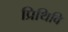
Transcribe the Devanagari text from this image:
प्रिथिवि